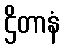
ဌိတာနံ